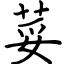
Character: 荽